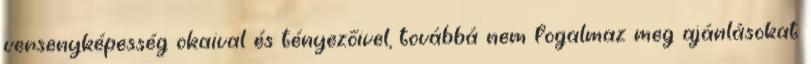
versenyképesség okaival és tényezőivel, továbbá nem fogalmaz meg ajánlásokat